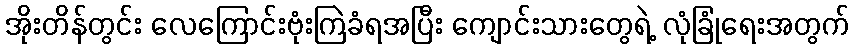
အိုးတိန်တွင်း လေကြောင်းဗုံးကြဲခံရအပြီး ကျောင်းသားတွေရဲ့ လုံခြုံရေးအတွက်